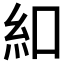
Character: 𫃜